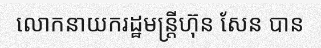
លោកនាយករដ្ឋមន្ត្រីហ៊ុន សែន បាន